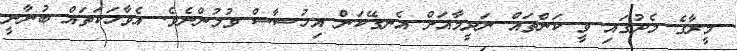
މީރާގެ މެދުގައި ވީ ކަންތައް ނަދީމާއަށް އެނގޭކަން އިހުސާސް ވުމުންނެވެ. އެވާހަކަތައް ބުނާނީ